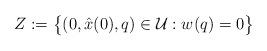
LaTeX: \begin{align*} Z:=\big\{(0, \hat x(0), q)\in \mathcal{U} : w(q) =0 \big\} \end{align*}